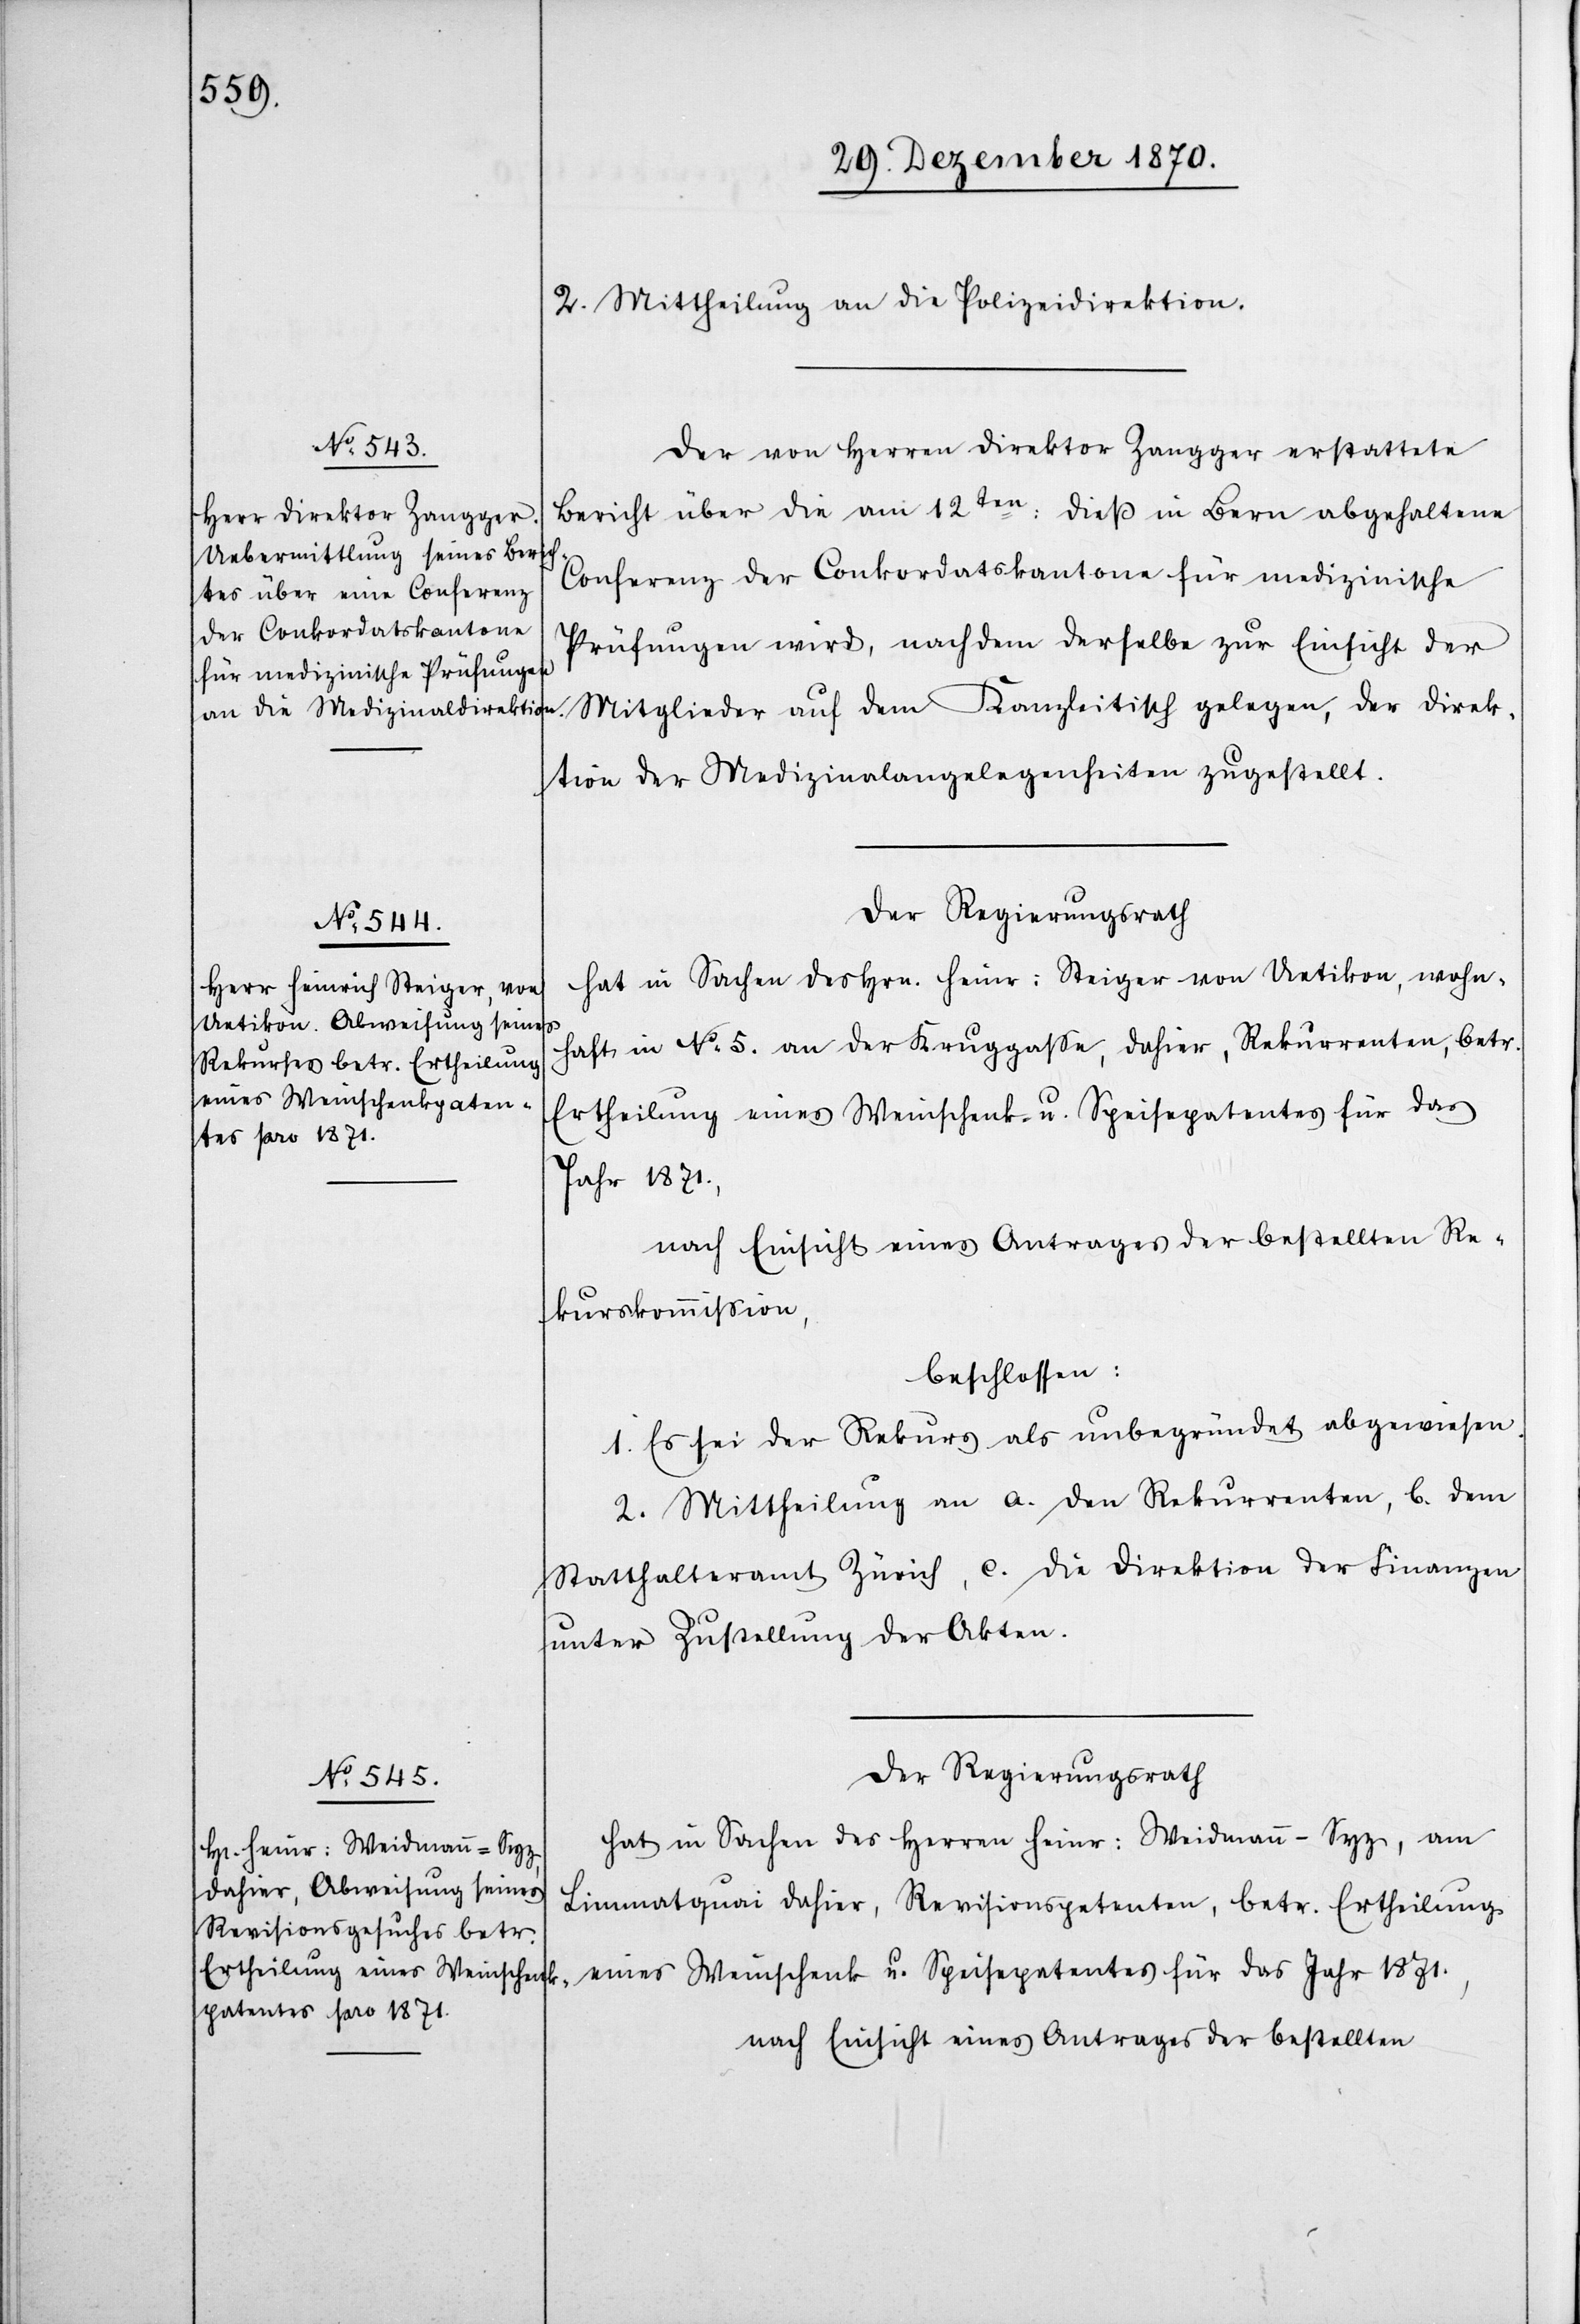
2. Mittheilung an die Polizeidirektion.
Der von Herren Direktor Zangger erstattete
Bericht über die am 12ten: dieß in Bern abgehaltene
Conferenz der Conkordatskantone für medizinische
Prüfungen wird, nachdem derselbe zur Einsicht der
Mitglieder auf dem Kanzleitisch gelegen, der Direk¬
tion der Medizinalangelegenheiten zugestellt.
Der Regierungsrath
hat in Sachen des Hrn. Heinr: Steiger von Uetikon, wohn¬
haft in No 5. an der Kruggasse, dahier, Rekurrenten, betr:
Ertheilung eines Weinschenk- u. Speisepatentes für das
Jahr 1871.,
nach Einsicht eines Antrages der bestellten Re¬
kurskommißion,
beschlossen:
1. Es sei der Rekurs als unbegründet abgewiesen.
2. Mittheilung an a. den Rekurrenten, b. dem
Statthalteramt Zürich, c. die Direktion der Finanzen
unter Zustellung der Akten.
Der Regierungsrath
hat in Sachen des Herren Heinr: Weidmann-Syz, am
Limmatquai dahier, Revisionspetenten, betr. Ertheilung
eines Weinschenk[-] u. Speisepatentes für das Jahr 1871.,
nach Einsicht eines Antrages der bestellten